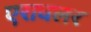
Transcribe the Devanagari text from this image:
एरावलर